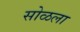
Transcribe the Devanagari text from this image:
सोळला